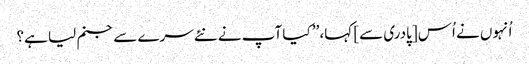
اُنہوں نے اُس [پادری سے] کہا، ’’ کیا آپ نے نئے سرے سے جنم لیا ہے؟